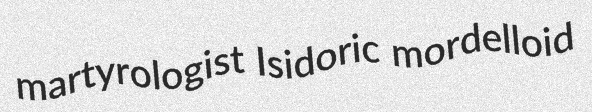
martyrologist Isidoric mordelloid